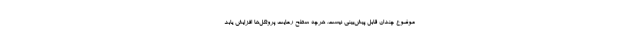
موضوع چندان قابل پیش‌بینی نیست. هرچه سطح رعایت پروتکل‌ها افزایش یابد